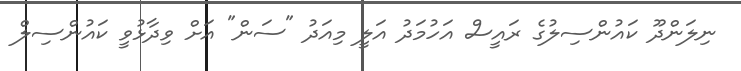
ނިލަންދޫ ކައުންސިލުގެ ރައީސް އަހުމަދު އަލީ މިއަދު "ސަން" އަށް ވިދާޅުވީ ކައުންސިލް